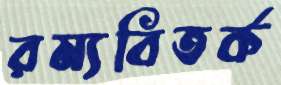
রম্যবিতর্ক